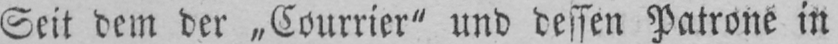
Seit dem der „Courrier“ und dessen Patrone in